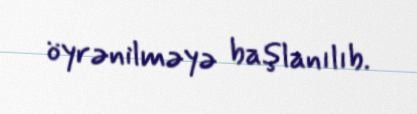
öyrənilməyə başlanılıb.